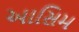
આસિમ